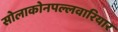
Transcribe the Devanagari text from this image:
सोलाकोनपल्लवारियार